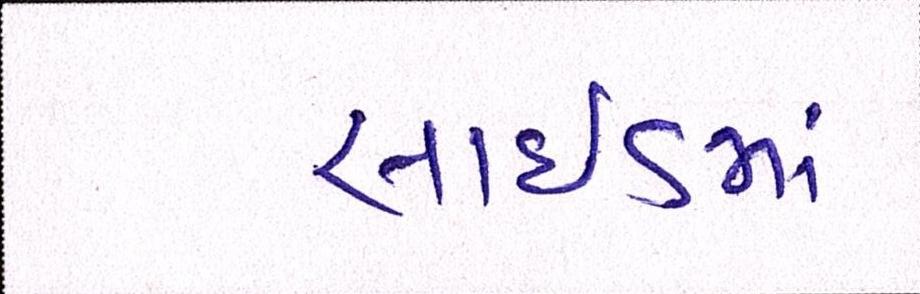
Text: સાઇડમાં